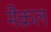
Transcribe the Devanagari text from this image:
मैक्रल